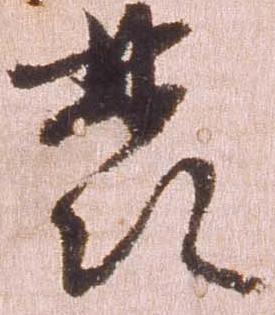
発